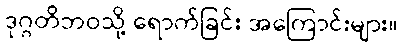
ဒုဂ္ဂတိဘဝသို့ ရောက်ခြင်း အကြောင်းများ။